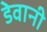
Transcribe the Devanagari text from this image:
डेवानी